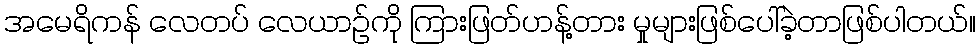
အမေရိကန် လေတပ် လေယာဉ်ကို ကြားဖြတ်ဟန့်တား မှုများဖြစ်ပေါ်ခဲ့တာဖြစ်ပါတယ်။